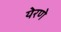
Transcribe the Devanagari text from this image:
येरणे